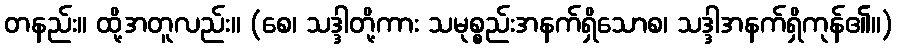
တနည်း။ ထို့အတူလည်း။ (စေ၊ သဒ္ဒါတို့ကား သမုစ္စည်းအနက်ရှိသောစ၊ သဒ္ဒါအနက်ရှိကုန်၏။)